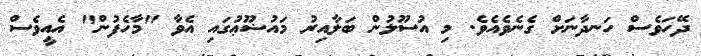
ދޭހަވެސް ހަނދާނަށް ގެނެވެއެވެ. މި އުސޫލުން ބަލާއިރު މައުޟޫޢުގައި އެވާ "މާހެފުން" އެއީވެސް